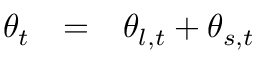
\begin{array} { r c l } { \theta _ { t } } & { = } & { \theta _ { l , t } + \theta _ { s , t } } \end{array}